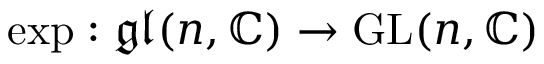
\exp : { \mathfrak { g l } } ( n , \mathbb { C } ) \to { \mathrm { G L } } ( n , \mathbb { C } )